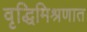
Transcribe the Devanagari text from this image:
वृद्धिमिश्रणात